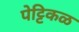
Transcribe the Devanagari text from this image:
पेट्टिकळ